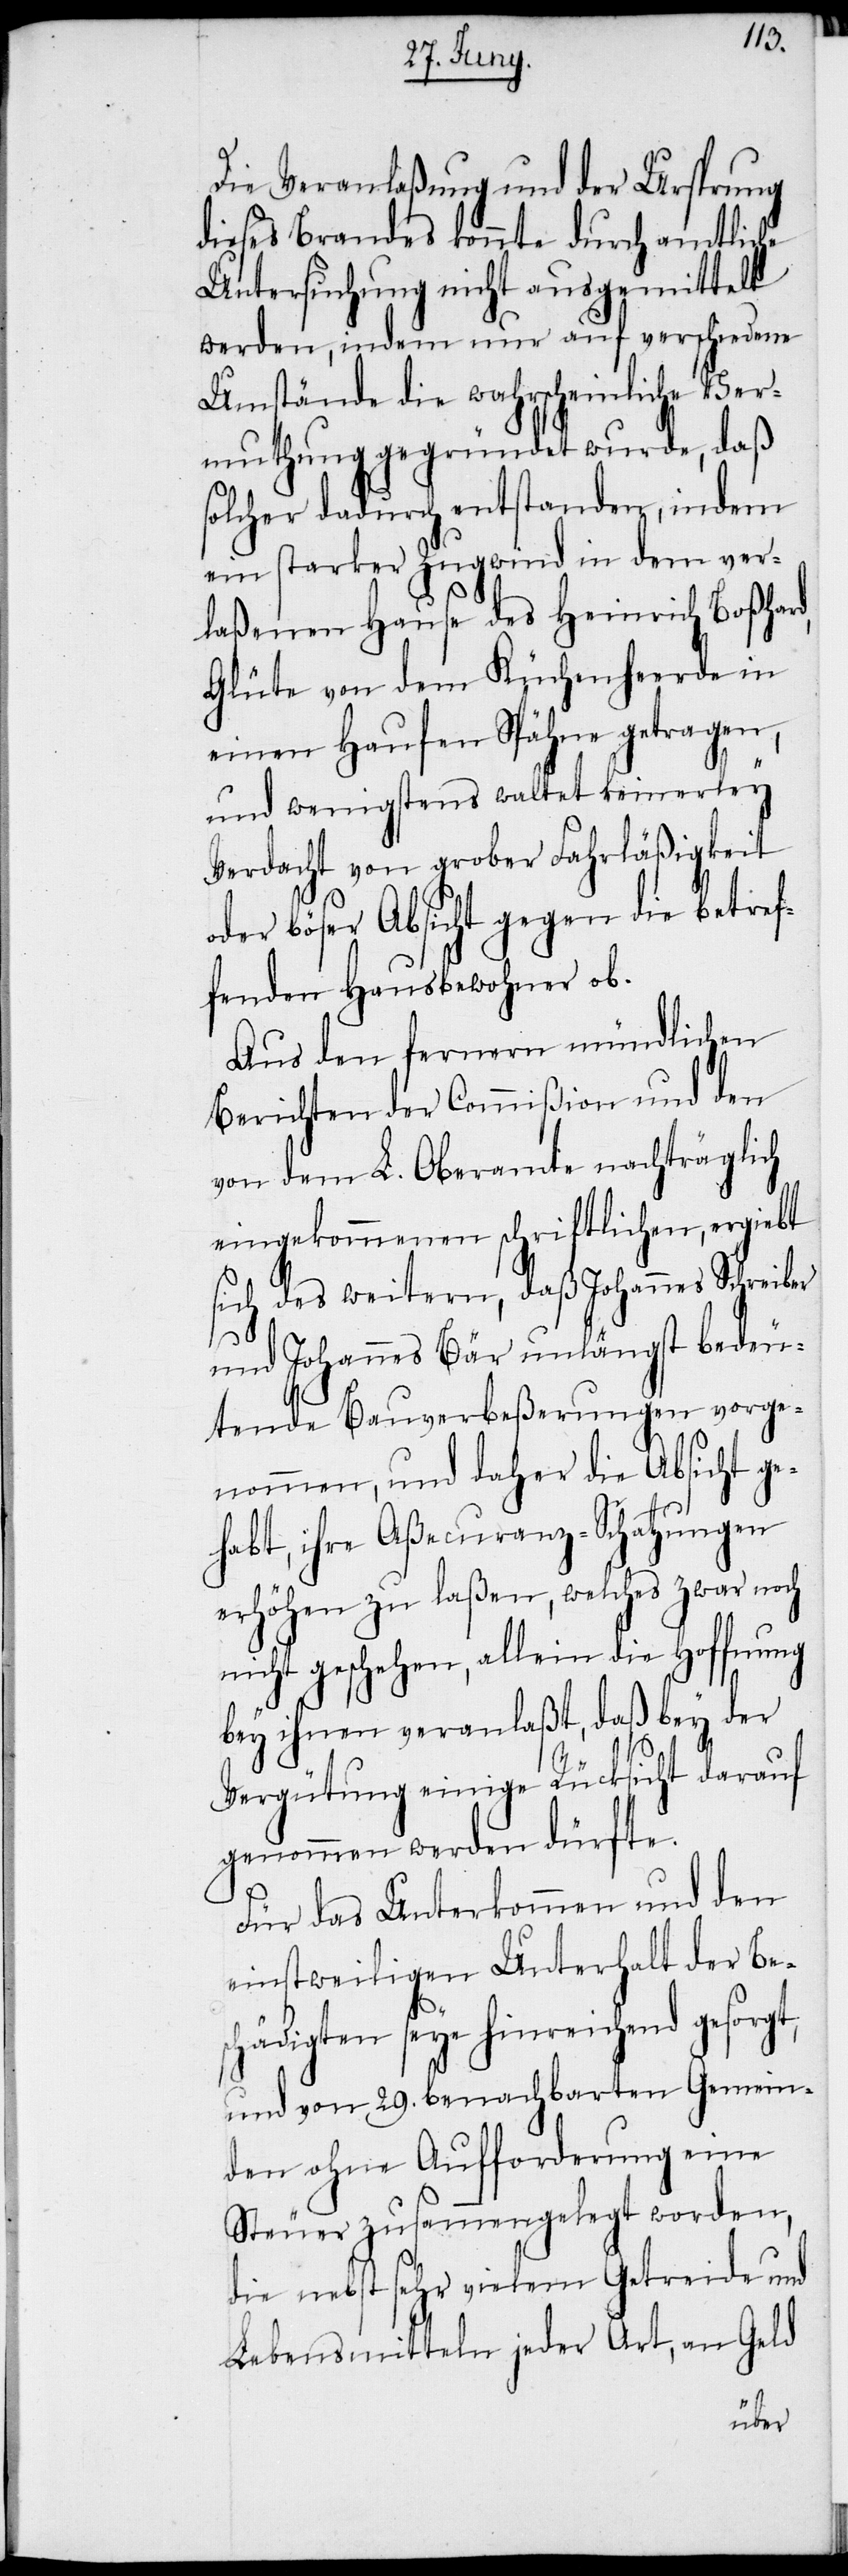
Die Veranlaßung und der Ursprung
dieses Brandes konnte durch amtliche
Untersuchung nicht ausgemittelt
werden, indem nur auf verschiedene
Umstände die wahrscheinliche Ver¬
muthung gegründet wurde, daß
solcher dadurch entstanden, indem
ein starker Zugwind in dem ver¬
laßenen Hause des Heinrich Boßhard,
Glüte von dem Küchenheerde in
einen Haufen Spähne getragen,
und wenigstens waltet keinerley
Verdacht von grober Fahrläßigkeit
oder böser Absicht gegen die betref¬
fenden Hausbewohner ob.
Aus den fernern mündlichen
Berichten der Commißion und den
von dem L. Oberamte nachträglich
eingekommenen schriftlichen, ergiebt
sich des weitern, daß Johannes Schreiber
und Johannes Bär unlängst bedeu¬
tende Bauverbeßerungen vorge¬
nommen, und daher die Absicht ge¬
habt, ihre Aßecuranz-Schatzungen
erhöhen zu laßen, welches zwar noch
nicht geschehen, allein die Hoffnung
bey ihnen veranlaßt, daß bey der
Vergütung einige Rücksicht darauf
genommen werden dürfte.
Für das Unterkommen und den
einstweiligen Unterhalt der Be¬
schädigten seye hinreichend gesorgt,
und von 29. benachbarten Gemein¬
den ohne Aufforderung eine
Steuer zusammengelegt worden,
die nebst sehr vielem Getreide und
Lebensmitteln jeder Art, an Geld